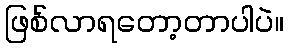
ဖြစ်လာရတော့တာပါပဲ။